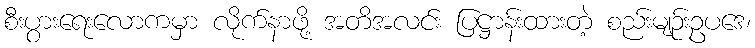
စီးပွားရေးလောကမှာ လိုက်နာဖို့ အတိအလင်း ပြဋ္ဌာန်းထားတဲ့ စည်းမျဉ်းဥပဒေ၊